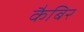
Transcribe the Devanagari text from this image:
कैबिर